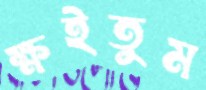
ক্ষইতুম